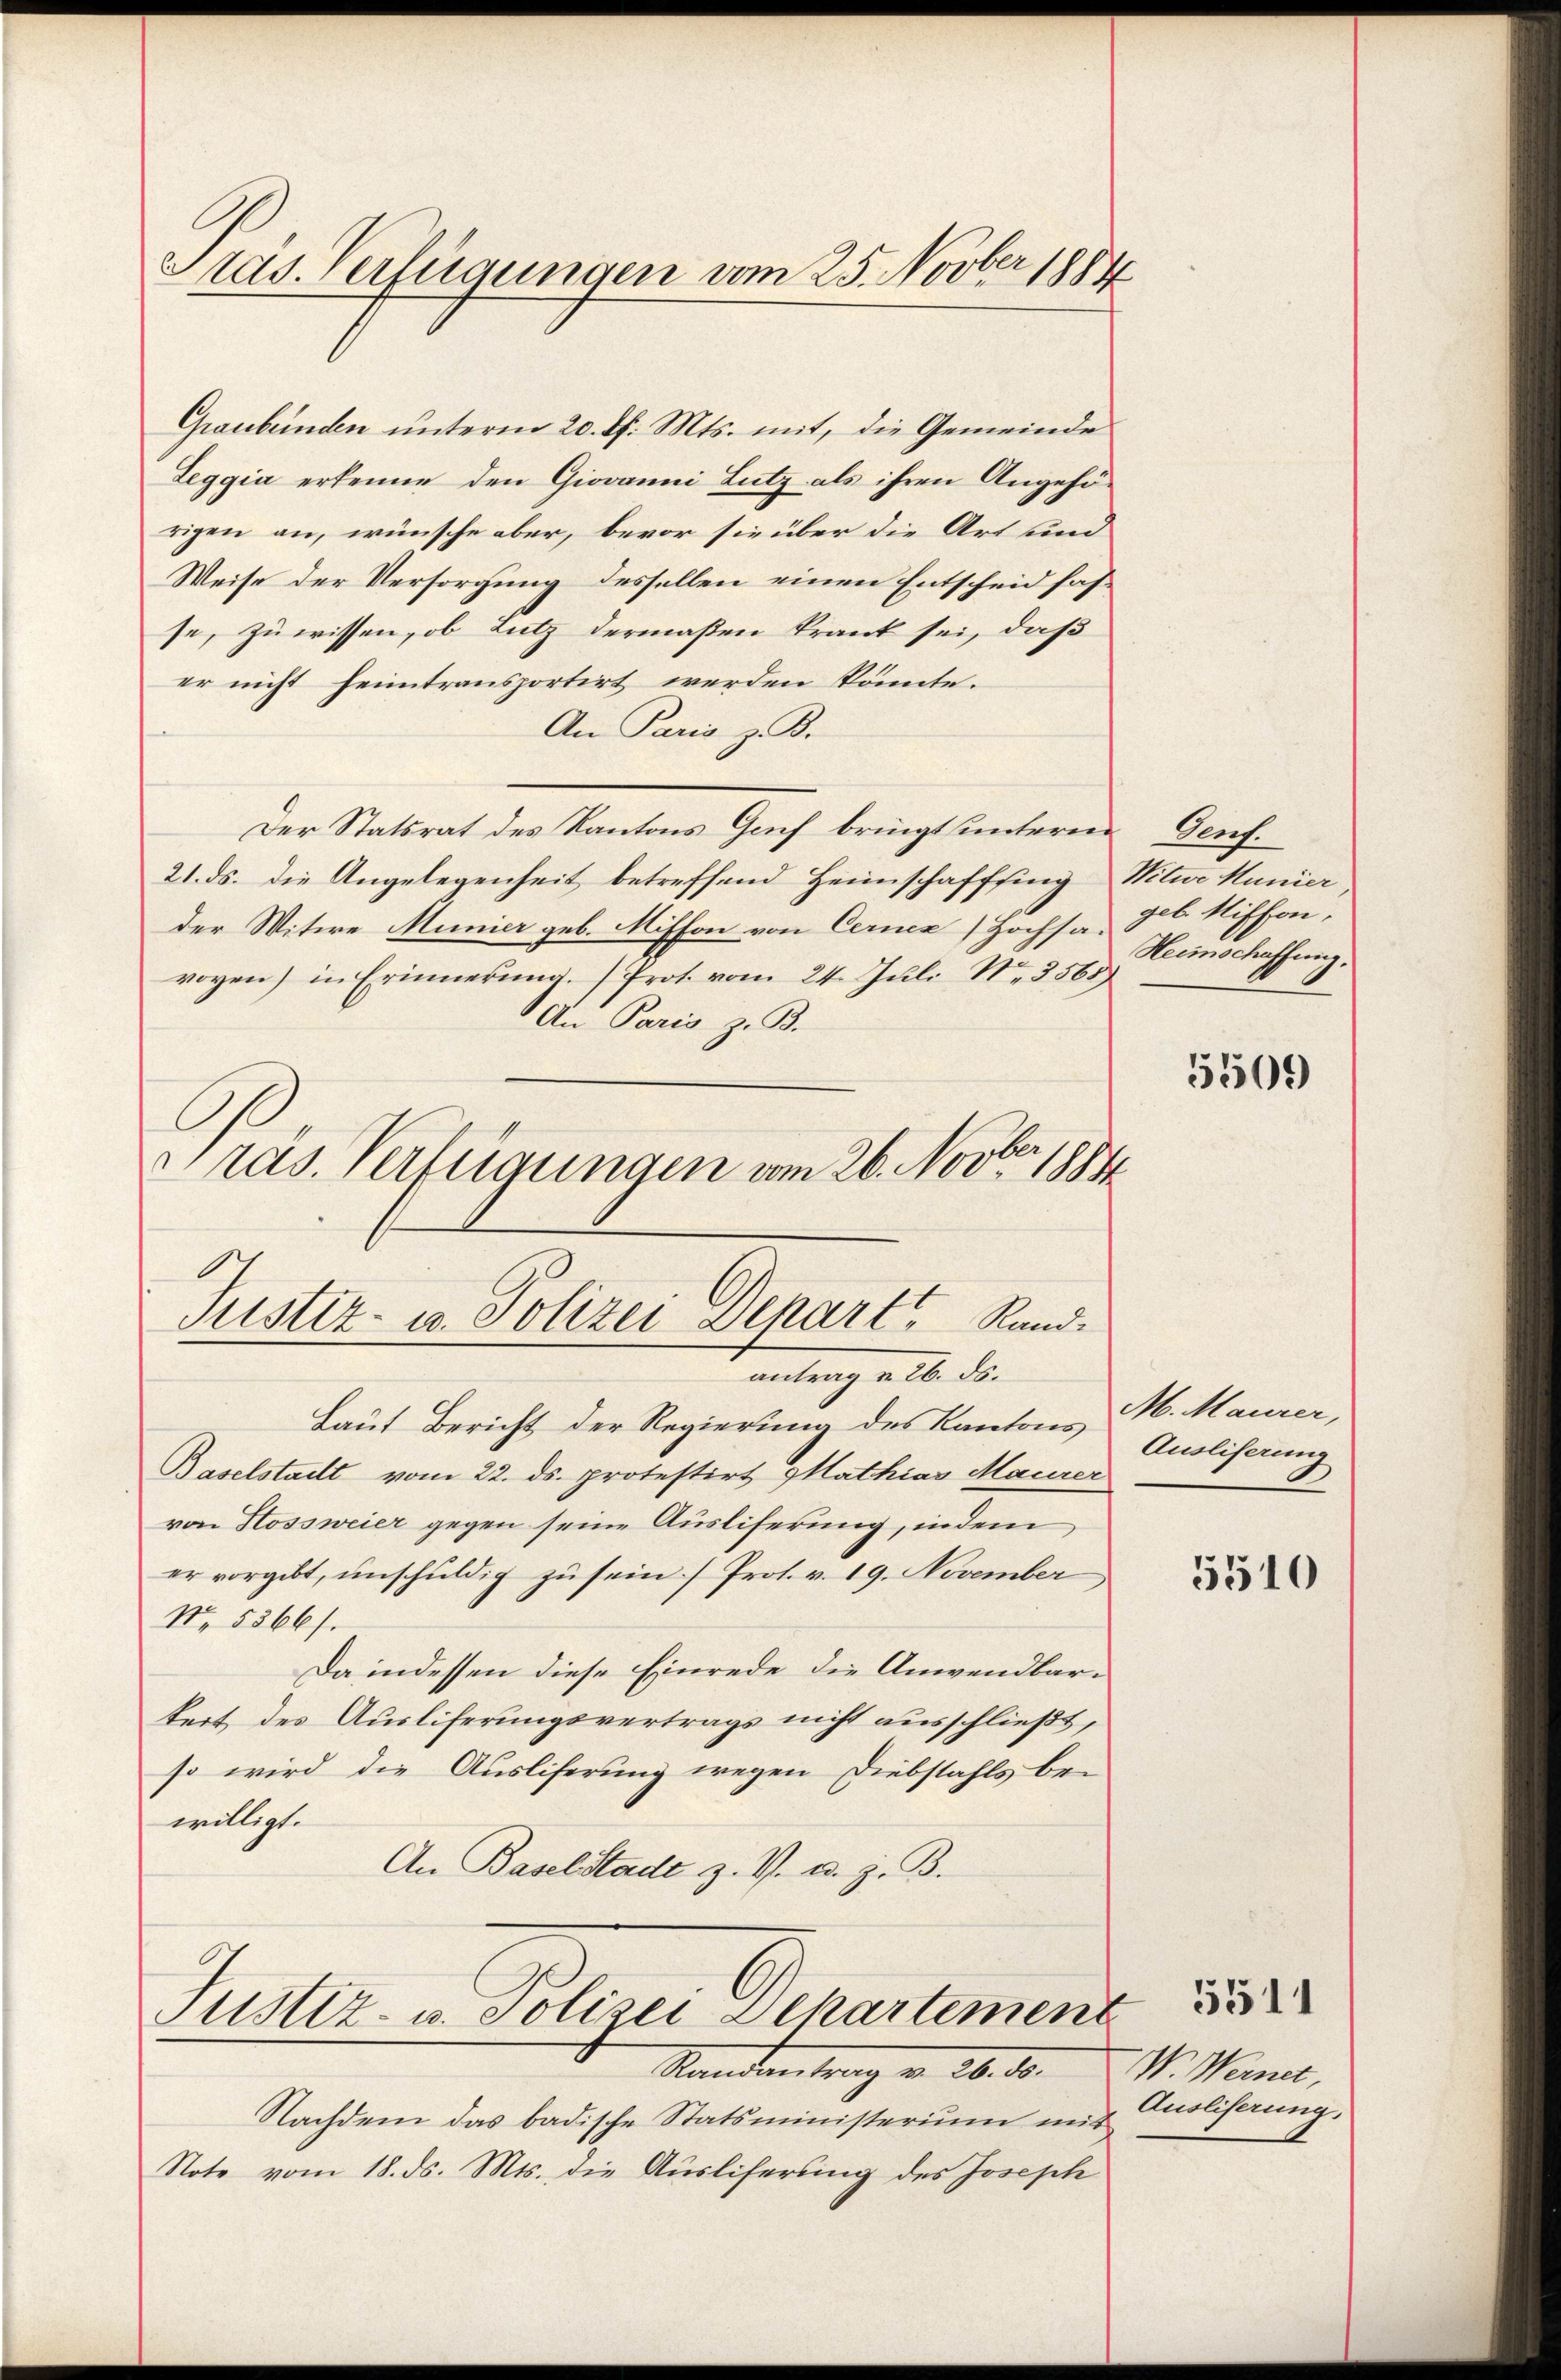
Präs. Verfügungen vom 25. Novber 1884

Graubünden unterm 20. d. Mts. mit, die Gemeinde
Leggia erkenne den Giovanni Lutz als ihren Angehörigen an, wünsche aber, bevor sie über die Art und
Weise der Versorgung desselben einen Entscheid hasse, zu wissen, ob Lutz dermaßen krank sei, daß
er nicht heimtransportirt werden könnte.
An Paris z. B.
Der Statsrat des Kantons Genf bringt untern Genf.
21. ds. die Angelegenheit betreffend Heimschaffsing Witwe Manier
der Witwe Mumier geb. Mithon von Cerner Hochsa geb. Niffon,
voyen) in Erinnerung.) Prot. vom 24. Juli Nr. 3568
An Paris z. B.
Präs. Verfügungen vom 26. Novber 1884
Justiz- u. Polizei Depart Rand.

antrag v. 26. ds.

Laut Bericht der Regierung des Kantons M. Maurer,
Baselstadt vom 22. ds. protestirt Mathias Maurer
von Stossweier gegen seine Ausliferung, indem
er vorgibt, unschuldig zu sein (Prof. v. 19. November,
No. 5866/.
Da indessen diese Einrede die Anwendbar-
keit des Auslieferungsvertrags nicht ausschließt,
so wird die Ausliferung wegen Diebstahls be-
willigt.
An Basel Stadt z. V. u. z. B.

Justiz- u. Polizei Departement

Standen trag v. 26. d.
Nachdem das badische Statsministerium mit
Note vom 18. ds. Mts. die Ausliferung des Joseph

Heimschaffung.

5509

Ausliserung

5510

W. Werner,
Ausliserung.

5511